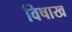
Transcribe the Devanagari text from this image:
विषाख